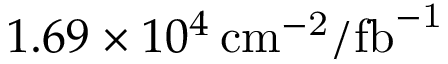
1 . 6 9 \times 1 0 ^ { 4 } \, \mathrm { { c m } ^ { - 2 } / \mathrm { { f b } ^ { - 1 } } }